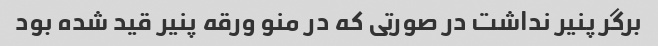
برگر پنیر نداشت در صورتی که در منو ورقه پنیر قید شده بود